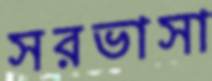
সরভাসা